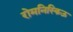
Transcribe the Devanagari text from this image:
रोमनिस्किऊ